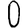
Digit: 0